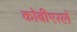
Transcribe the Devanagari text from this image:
कोबीएरले